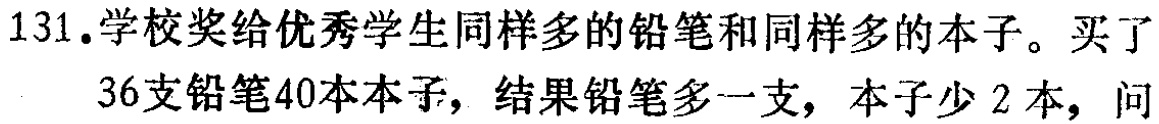
131.学校奖给优秀学生同样多的铅笔和同样多的本子。买了

36支铅笔40本本子，结果铅笔多一支，本子少 2 本，问